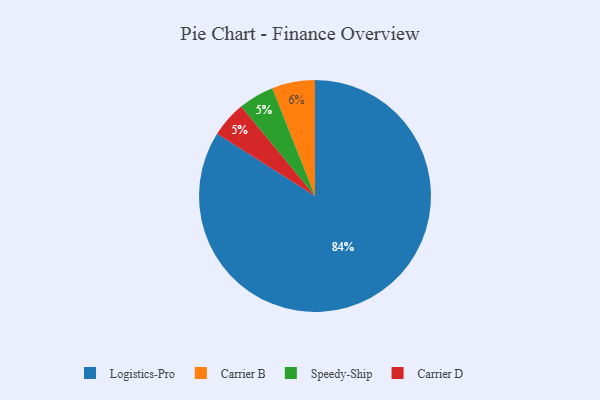
{"axis": {"x": "Category", "y": "Percentage"}, "legend": ["Carrier B", "Carrier D", "Logistics-Pro", "Speedy-Ship"], "data": [{"x": "Speedy-Ship", "y": 5, "type": "Speedy-Ship"}, {"x": "Carrier B", "y": 6, "type": "Carrier B"}, {"x": "Carrier D", "y": 5, "type": "Carrier D"}, {"x": "Logistics-Pro", "y": 84, "type": "Logistics-Pro"}]}